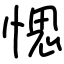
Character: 愢